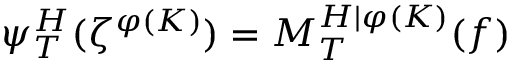
\psi _ { T } ^ { H } ( \zeta ^ { \varphi ( K ) } ) = M _ { T } ^ { H | \varphi ( K ) } ( f )